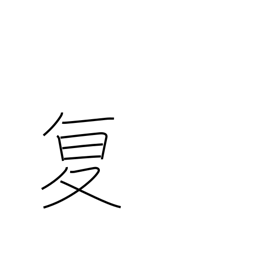
Meaning: repeat